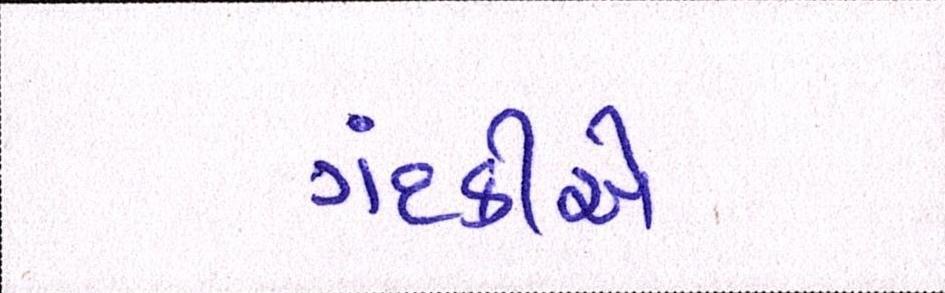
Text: ગંદકીએ